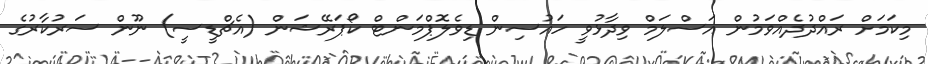
މިކަަމަށް ރައްދުދެއްވަމުން އަސްލަމް ވިދާޅުވީ ހައުސިން ޑިވެލޮޕްމަންޓް ކޯޕަރޭޝަން (އެޗްޑީސީ) ނޫން ސަރުކާރުގެ